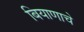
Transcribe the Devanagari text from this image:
बियाणाचे